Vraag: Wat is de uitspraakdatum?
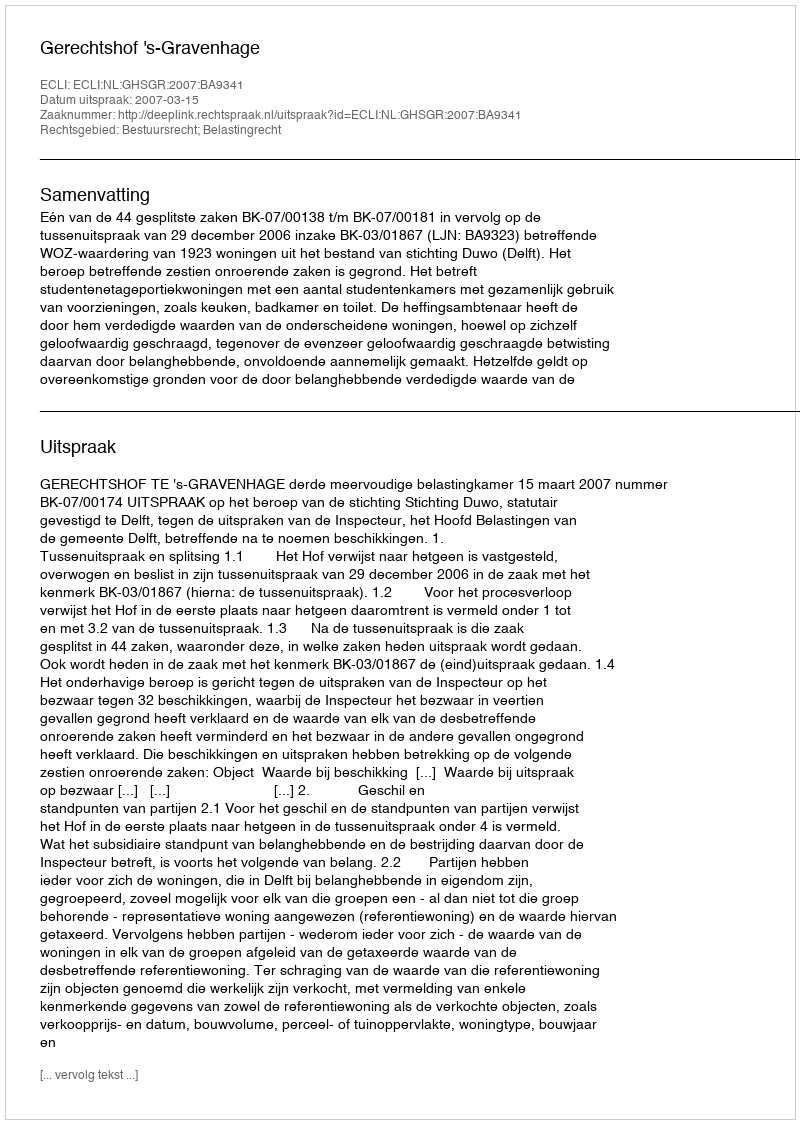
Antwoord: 2007-03-15